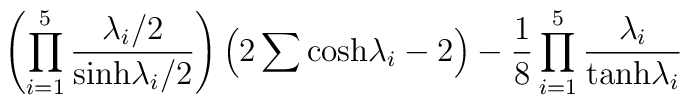
\left( \prod_{i=1}^5 {\lambda_i/2 \over {\rm sinh} \lambda_i /2}\right) \left( 2\sum {\rm cosh} \lambda_i -2 \right) - {1 \over 8}\prod_{i=1}^5 {\lambda_i \over {\rm tanh} \lambda_i}